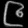
Digit: ၉